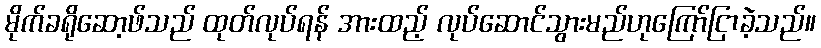
မိုက်ခရိုဆော့ဖ်သည် ထုတ်လုပ်ရန် အားထည့် လုပ်ဆောင်သွားမည်ဟုကြော်ငြာခဲ့သည်။